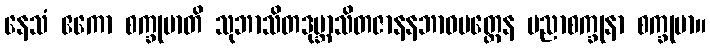
နေသံ ဧကော စက္ခုမာတိ သုဘာသိတဒုဗ္ဘာသိတဇာနနဘာဝမတ္တေန ပညာစက္ခုနာ စက္ခုမာ။